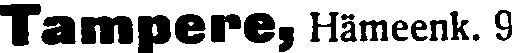
Tampere, Hämeenk. 9